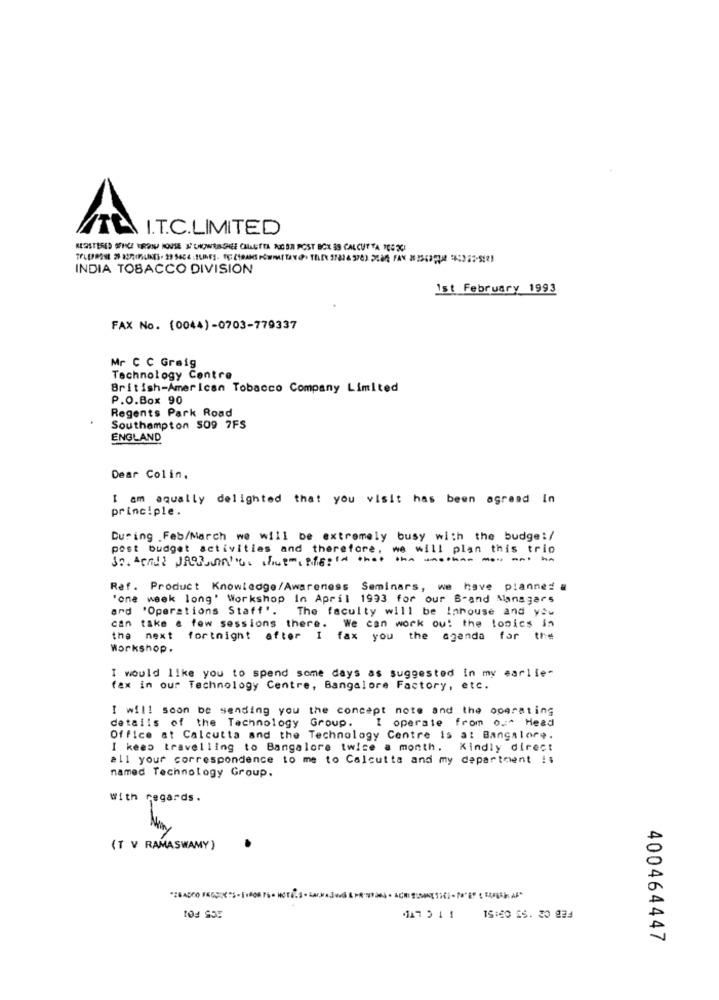
I.T.C.LIMITED
KERSTERES OPHEE WRWIE HOUSE & SHOWERSHEE CHILETTA NICER POST BOX SS CALCUTTA TCE 2)
INDIA TOBACCO DIVISION
1st February 1993
FAX No. (0044) -0703-779337
Mr C C Graig
Technology Centre
British-American Tobacco Company Limited
P.O.Box 90
Regents Park Road
Southampton 509 7FS
ENGLAND
Dear Colin.
I am equally delighted that you visit has been agreed In
principle.
During .Feb/March we will be extremely busy with the budget/
post budget activities and therefore, we will plan this trip
Ref. Product Knowledge/Awareness Seminars, we have planned a
'one week long' Workshop In April 1993 for our B-and Managers
ard 'Operations Staff'. The faculty will be Inhouse and you
can take a few sessions there. We can work ou: the tonics in
the next fortnight after I fax you the agenda for the
Workshop.
I would like you to spend some days as suggested in my earlle-
fax in our Technology Centre, Bangalore Factory, etc.
I will soon be sending you the concept note and the operating
details of the Technology Group. I operate from ou^ Head
Office at Calcutta and the Technology Centre is at Bangalore.
I keep travelling to Bangalore twice a month. Kindly direct
all your correspondence to me to Calcutta and my department !$
named Technology Group.
With regards.
(T V RAMASWAMY)
17511
15:60.55. 20 834
400464447